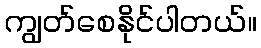
ကျွတ်စေနိုင်ပါတယ်။